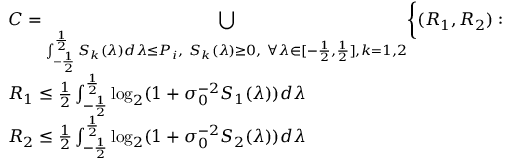
\begin{array} { r l } & { C = \underset { { \int _ { - \frac { 1 } { 2 } } ^ { \frac { 1 } { 2 } } S _ { k } ( \lambda ) d \lambda \leq P _ { i } , ~ S _ { k } ( \lambda ) \geq 0 , ~ \forall \lambda \in [ - \frac { 1 } { 2 } , \frac { 1 } { 2 } ] , k = 1 , 2 } } { \bigcup } \bigg \{ ( R _ { 1 } , R _ { 2 } ) : } \\ & { R _ { 1 } \leq \frac { 1 } { 2 } \int _ { - \frac { 1 } { 2 } } ^ { \frac { 1 } { 2 } } \log _ { 2 } ( 1 + \sigma _ { 0 } ^ { - 2 } S _ { 1 } ( \lambda ) ) d \lambda } \\ & { R _ { 2 } \leq \frac { 1 } { 2 } \int _ { - \frac { 1 } { 2 } } ^ { \frac { 1 } { 2 } } \log _ { 2 } ( 1 + \sigma _ { 0 } ^ { - 2 } S _ { 2 } ( \lambda ) ) d \lambda } \end{array}